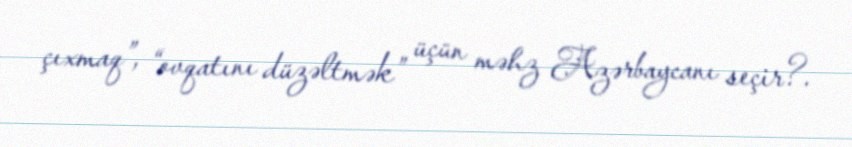
çıxmaq”, “ovqatını düzəltmək” üçün məhz Azərbaycanı seçir?.